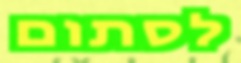
לסתום